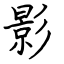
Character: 影